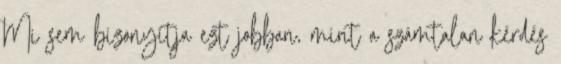
Mi sem bizonyítja ezt jobban, mint a számtalan kérdés